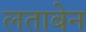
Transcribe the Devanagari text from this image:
लताबेन